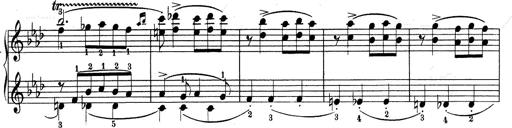
Title: Weinen, Klagen, Sorgen, Zagen
Composer: Franz Liszt